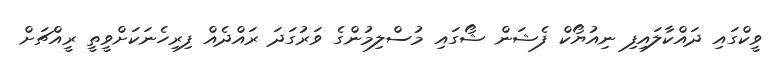
ވީކްގައި ދައްކާލައިފި ނިއުޔޯކް ފެޝަން ޝޯގައި މުސްލިމުންގެ ވަރުގަދަ ރައްދެއް ފިރިހެނަކަށްވީތީ ރީއްޗަށް